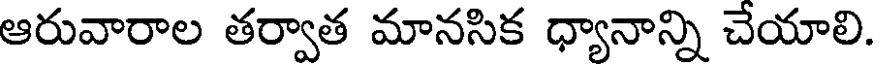
ఆరువారాల తర్వాత మానసిక ధ్యానాన్ని చేయాలి.